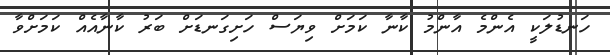
ހަނޑުލަކީ އެންމެ އާންމު ކާނާ ކަމަށް ވިޔަސް ހަށިގަނޑަށް ބަރު ކާނާއެއް ކަމަށްވާ